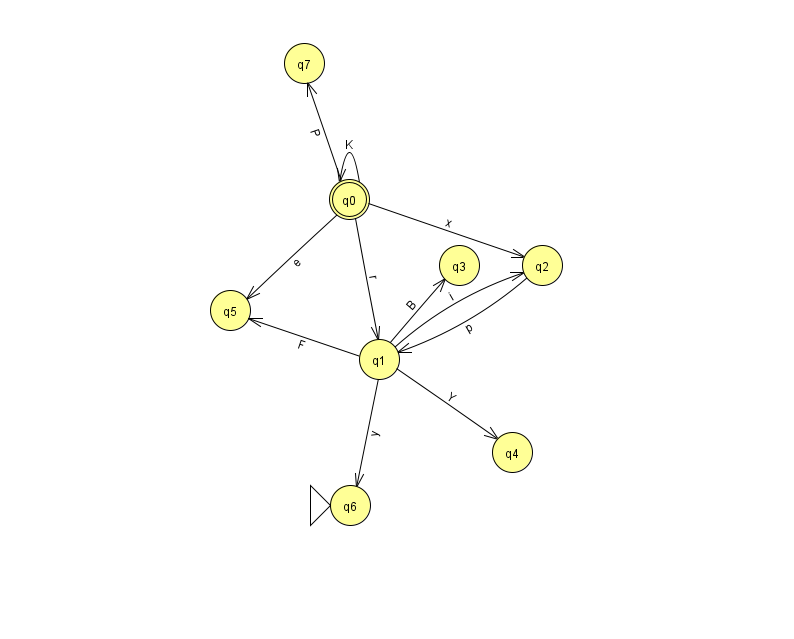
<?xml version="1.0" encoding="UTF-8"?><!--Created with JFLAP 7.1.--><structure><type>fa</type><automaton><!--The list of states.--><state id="0" name="q0"><x>349.0</x><y>186.0</y><final/></state><state id="1" name="q1"><x>379.0</x><y>346.0</y></state><state id="2" name="q2"><x>542.0</x><y>252.0</y></state><state id="3" name="q3"><x>459.0</x><y>252.0</y></state><state id="4" name="q4"><x>512.0</x><y>439.0</y></state><state id="5" name="q5"><x>230.0</x><y>297.0</y></state><state id="6" name="q6"><x>350.0</x><y>492.0</y><initial/></state><state id="7" name="q7"><x>304.0</x><y>50.0</y></state><!--The list of transitions.--><transition><from>1</from><to>5</to><read>F</read></transition><transition><from>1</from><to>2</to><read>i</read></transition><transition><from>0</from><to>7</to><read>P</read></transition><transition><from>0</from><to>2</to><read>x</read></transition><transition><from>1</from><to>6</to><read>y</read></transition><transition><from>0</from><to>0</to><read>K</read></transition><transition><from>1</from><to>3</to><read>B</read></transition><transition><from>0</from><to>5</to><read>e</read></transition><transition><from>1</from><to>4</to><read>Y</read></transition><transition><from>0</from><to>1</to><read>r</read></transition><transition><from>2</from><to>1</to><read>p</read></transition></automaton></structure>